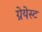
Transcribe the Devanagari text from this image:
ग्रेयेस्ट